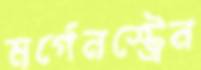
মর্গেনস্ট্রেন